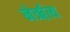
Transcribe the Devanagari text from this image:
नेर्ऋत्य